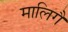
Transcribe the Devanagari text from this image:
मालिगै